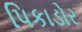
પિકાડોર